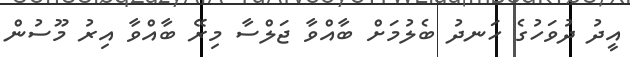
އީދު ދުވަހުގެ ހަނދު ބެލުމަށް ބާއްވާ ޖަލްސާ މިރޭ ބާއްވާ އިރު މޫސުން